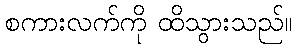
စကားလက်ကို ထိသွားသည်။